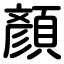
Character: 顏